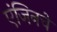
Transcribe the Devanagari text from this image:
एंजिनचे